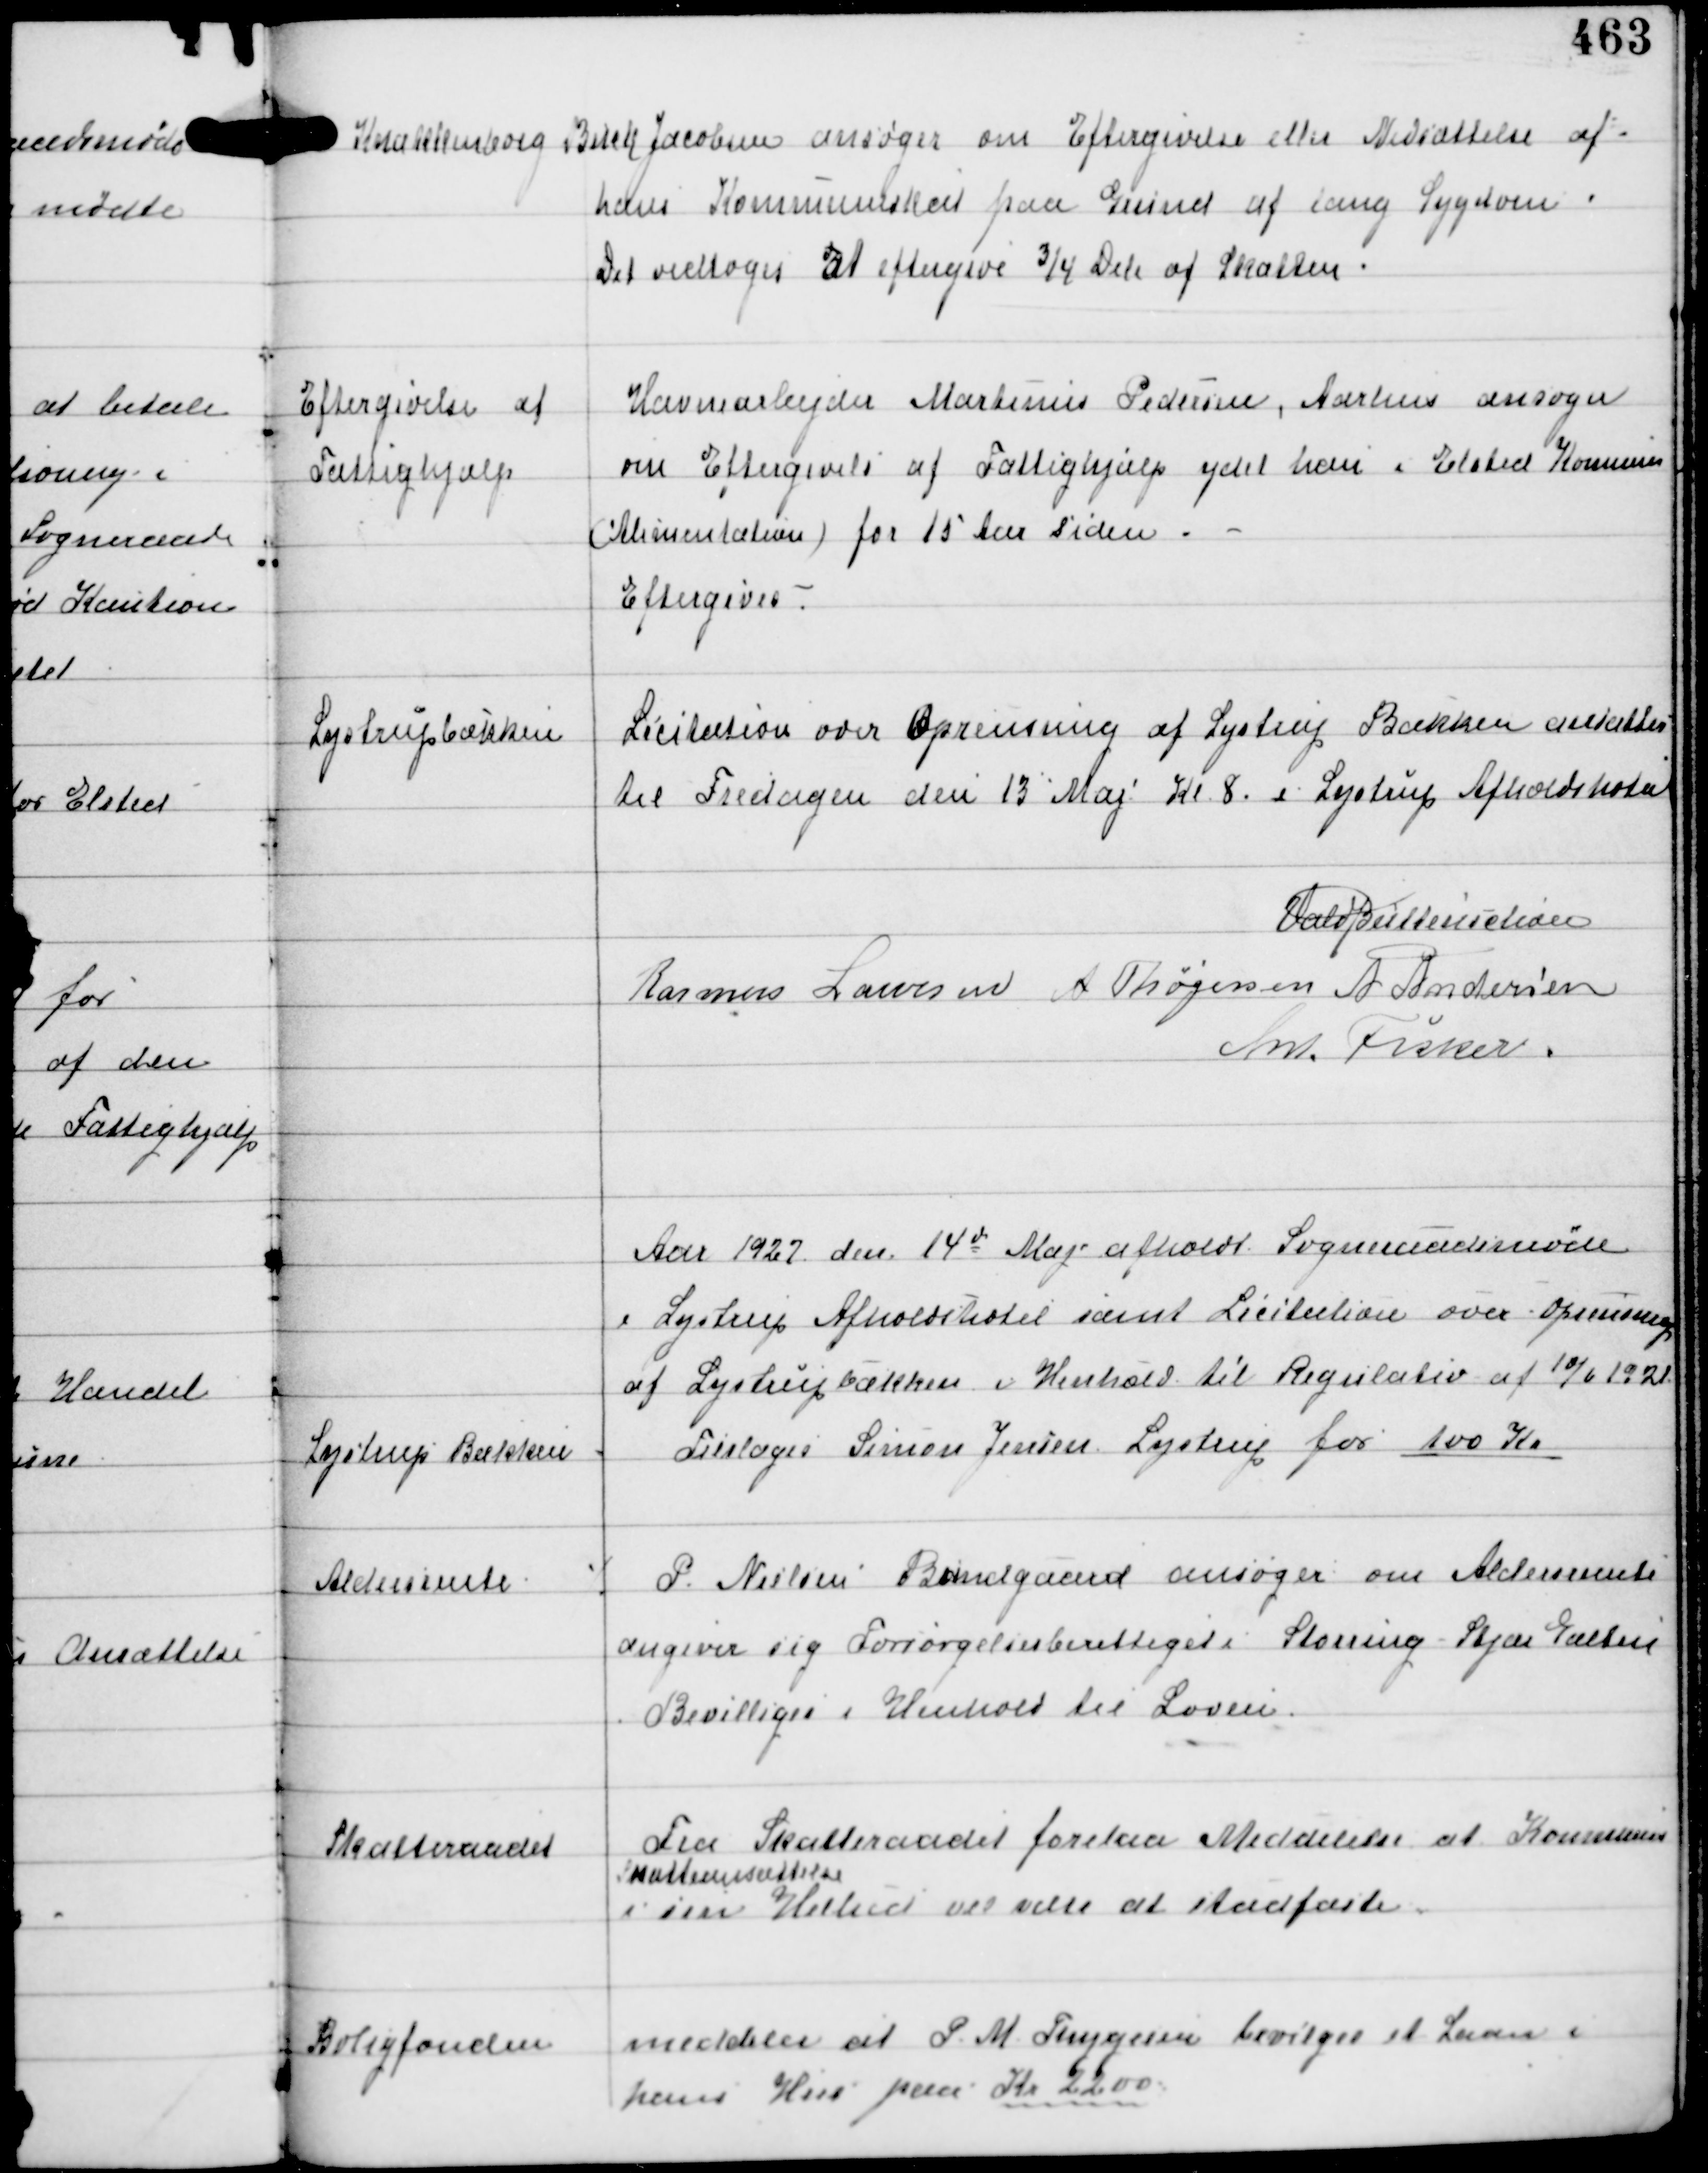
Transskription:
Knakkenborg

Birck Jacobsen ansøger om Eftergivelse eller Nedsættelse af
hans Kommuneskat paa Grund af lang Sygdom.
Det vedtoges at eftergive ¾ Dele af Skatten.

Eftergivelse af
Fattighjælp

Havnearbejder Martinus Pedersen, Aarhus ansøger
nu Eftergivelse af Fattighjælp ydet ham i Elsted Kommune
(Alimentation) for 15 Aar Siden.
Eftergives -

Lystrupbækken

Licitation over Oprensning af Lystrup Bækken ansatttes
til Fredagen den 13 Maj Kl 8 i Lystrup Afholdshotel

Vald Buttenschøn
Rasmus Laursen A Thøgersen A Andersen
Ant Fisker

Aar 1927 den 14d Maj afholdt Sogneraadsmøde
i Lystrup Afholdshotel samt Licitation over Oprensningen
af Lystrupbækken i Henhold til Regulativ af 10/6 1921

Lystrup Bækken

Tilsloges Simon Jensen Lystrup for 100 Kr

Aldersrente

⁒ P. Nielsen Bundgaard ansøger om Aldersrente
angiver sig Forsørgelsesberettiget i Storring Stjær Galten
Bevilliges i Henhold til Loven.

Skatteraadet

Fra Skatteraadet forelaa Meddelse at Kommunens
Skatteansættelse
i sin Helhed vil være at stadfæste.

Boligfonden

meddeler at P.M. Thygesen bevilges et Laan i
hans Hus paa Kr 2200